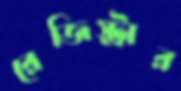
রেজিস্ট্রার